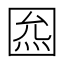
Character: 𡇺